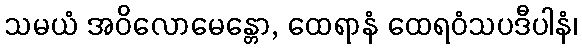
သမယံ အဝိလောမေန္တော, ထေရာနံ ထေရဝံသပဒီပါနံ၊